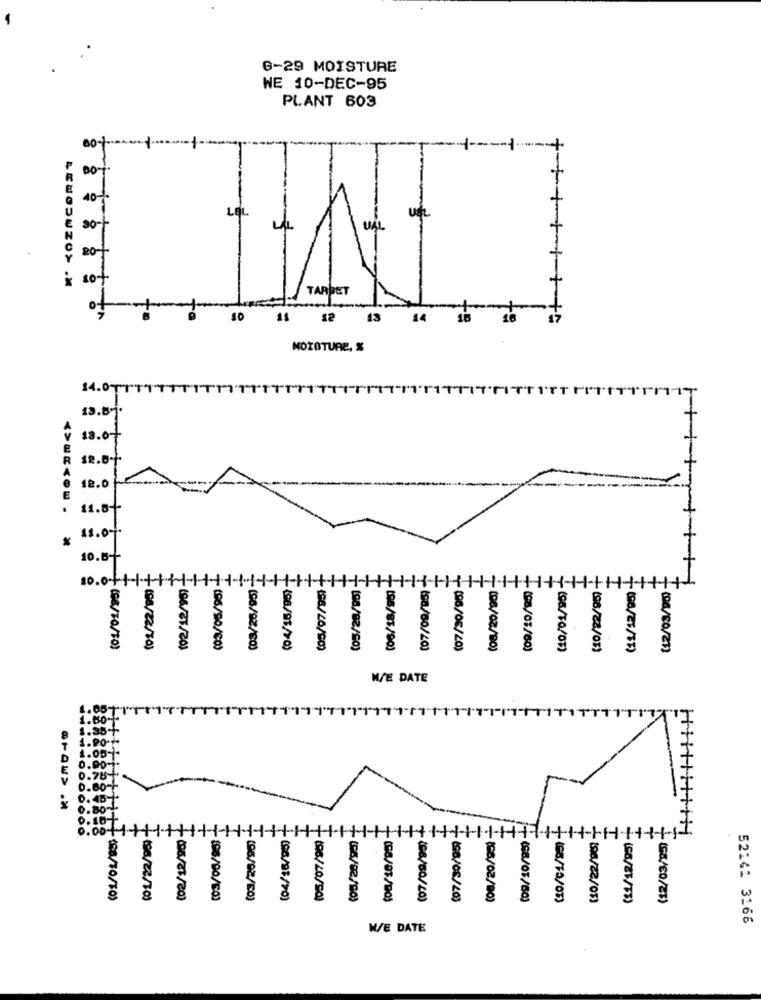
6-29 MOISTURE
WE 10-DEC-95
PLANT 603
-- 1
00-+
LOL.
20-
10+
TARBET
10
3 32 13
14
MOZOTURE, %
13.81.
18.0+
E
R
A
12.0
E
11.8+
10.8 --
10.0.4+/-
(03/26/95)
(8/10/10)
(96/90/60)
(88/46/90)
(08/82/20)
(96/81/90)
(ca/60/20)
(96/06/20)
(06/02/20)
(8/01/60)
(96/28/01)
(06/60/233
WE DATE
MT11
1.80 -*
MITITT
1.35 +
1.05 -*
0.90*
0.78-
0.80-F
0.45++
0.80-1.
0.10
.H.
(08/22/10)
(6/21/20)
(96/90/10)
(96/92/60)
(98/98/70)
(96/20/20)
(08/81/20)
+ (98/60/20)
(96/08/20)
(98/02/00)
(88/07/60)
(C5/8/73)
52141 3166
W/E DATE